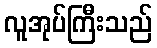
လူအုပ်ကြီးသည်